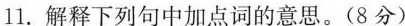
11.解释下列句中加点词的意思。(8分)